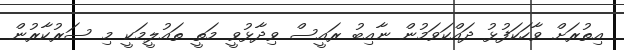
އިތުރަށް ވާހަކަފުޅު ދައްކަވަމުން ނާއިބު ރައީސް ވިދާޅުވީ މަތީ ތައުލީމަކީ މި ސަރުކާރުން